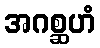
အဂစ္ဆဟံ